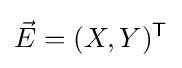
{\vec {E}}=(X,Y)^{\mathsf {T}}